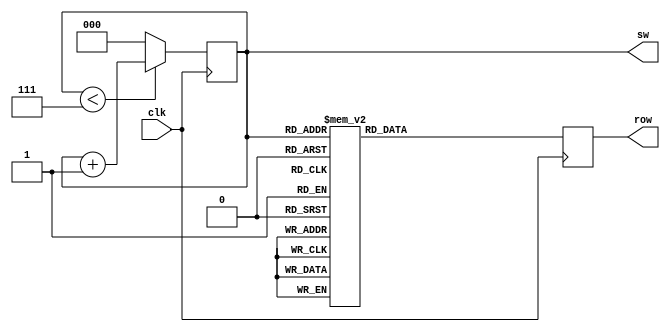
module picture_line_ctr(clk,sw,row);

	input clk;
	output reg[2:0]sw;//
	output reg[7:0]row;
	
	initial begin
		sw = 3'b000;
	end
	
	always@(posedge clk)begin
	 if(sw < 3'b111)
		sw = sw + 1'b1;
	else if(sw == 3'b111)
		sw = 3'b000;
	else
		sw = 3'b000;
	end
	
	always@(posedge clk)begin
		case(sw)
			3'b000: row = 1111_1110;
			3'b001: row = 1111_1101;
			3'b010: row = 1111_1011;
			3'b011: row = 1111_0111;
			3'b100: row = 1110_1111;
			3'b101: row = 1101_1111;
			3'b110: row = 1011_1111;
			3'b111: row = 0111_1111;
			default: ;
		endcase
	end
		
	
endmodule